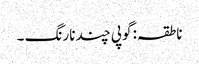
ناطقہ: گوپی چند نارنگ ۔